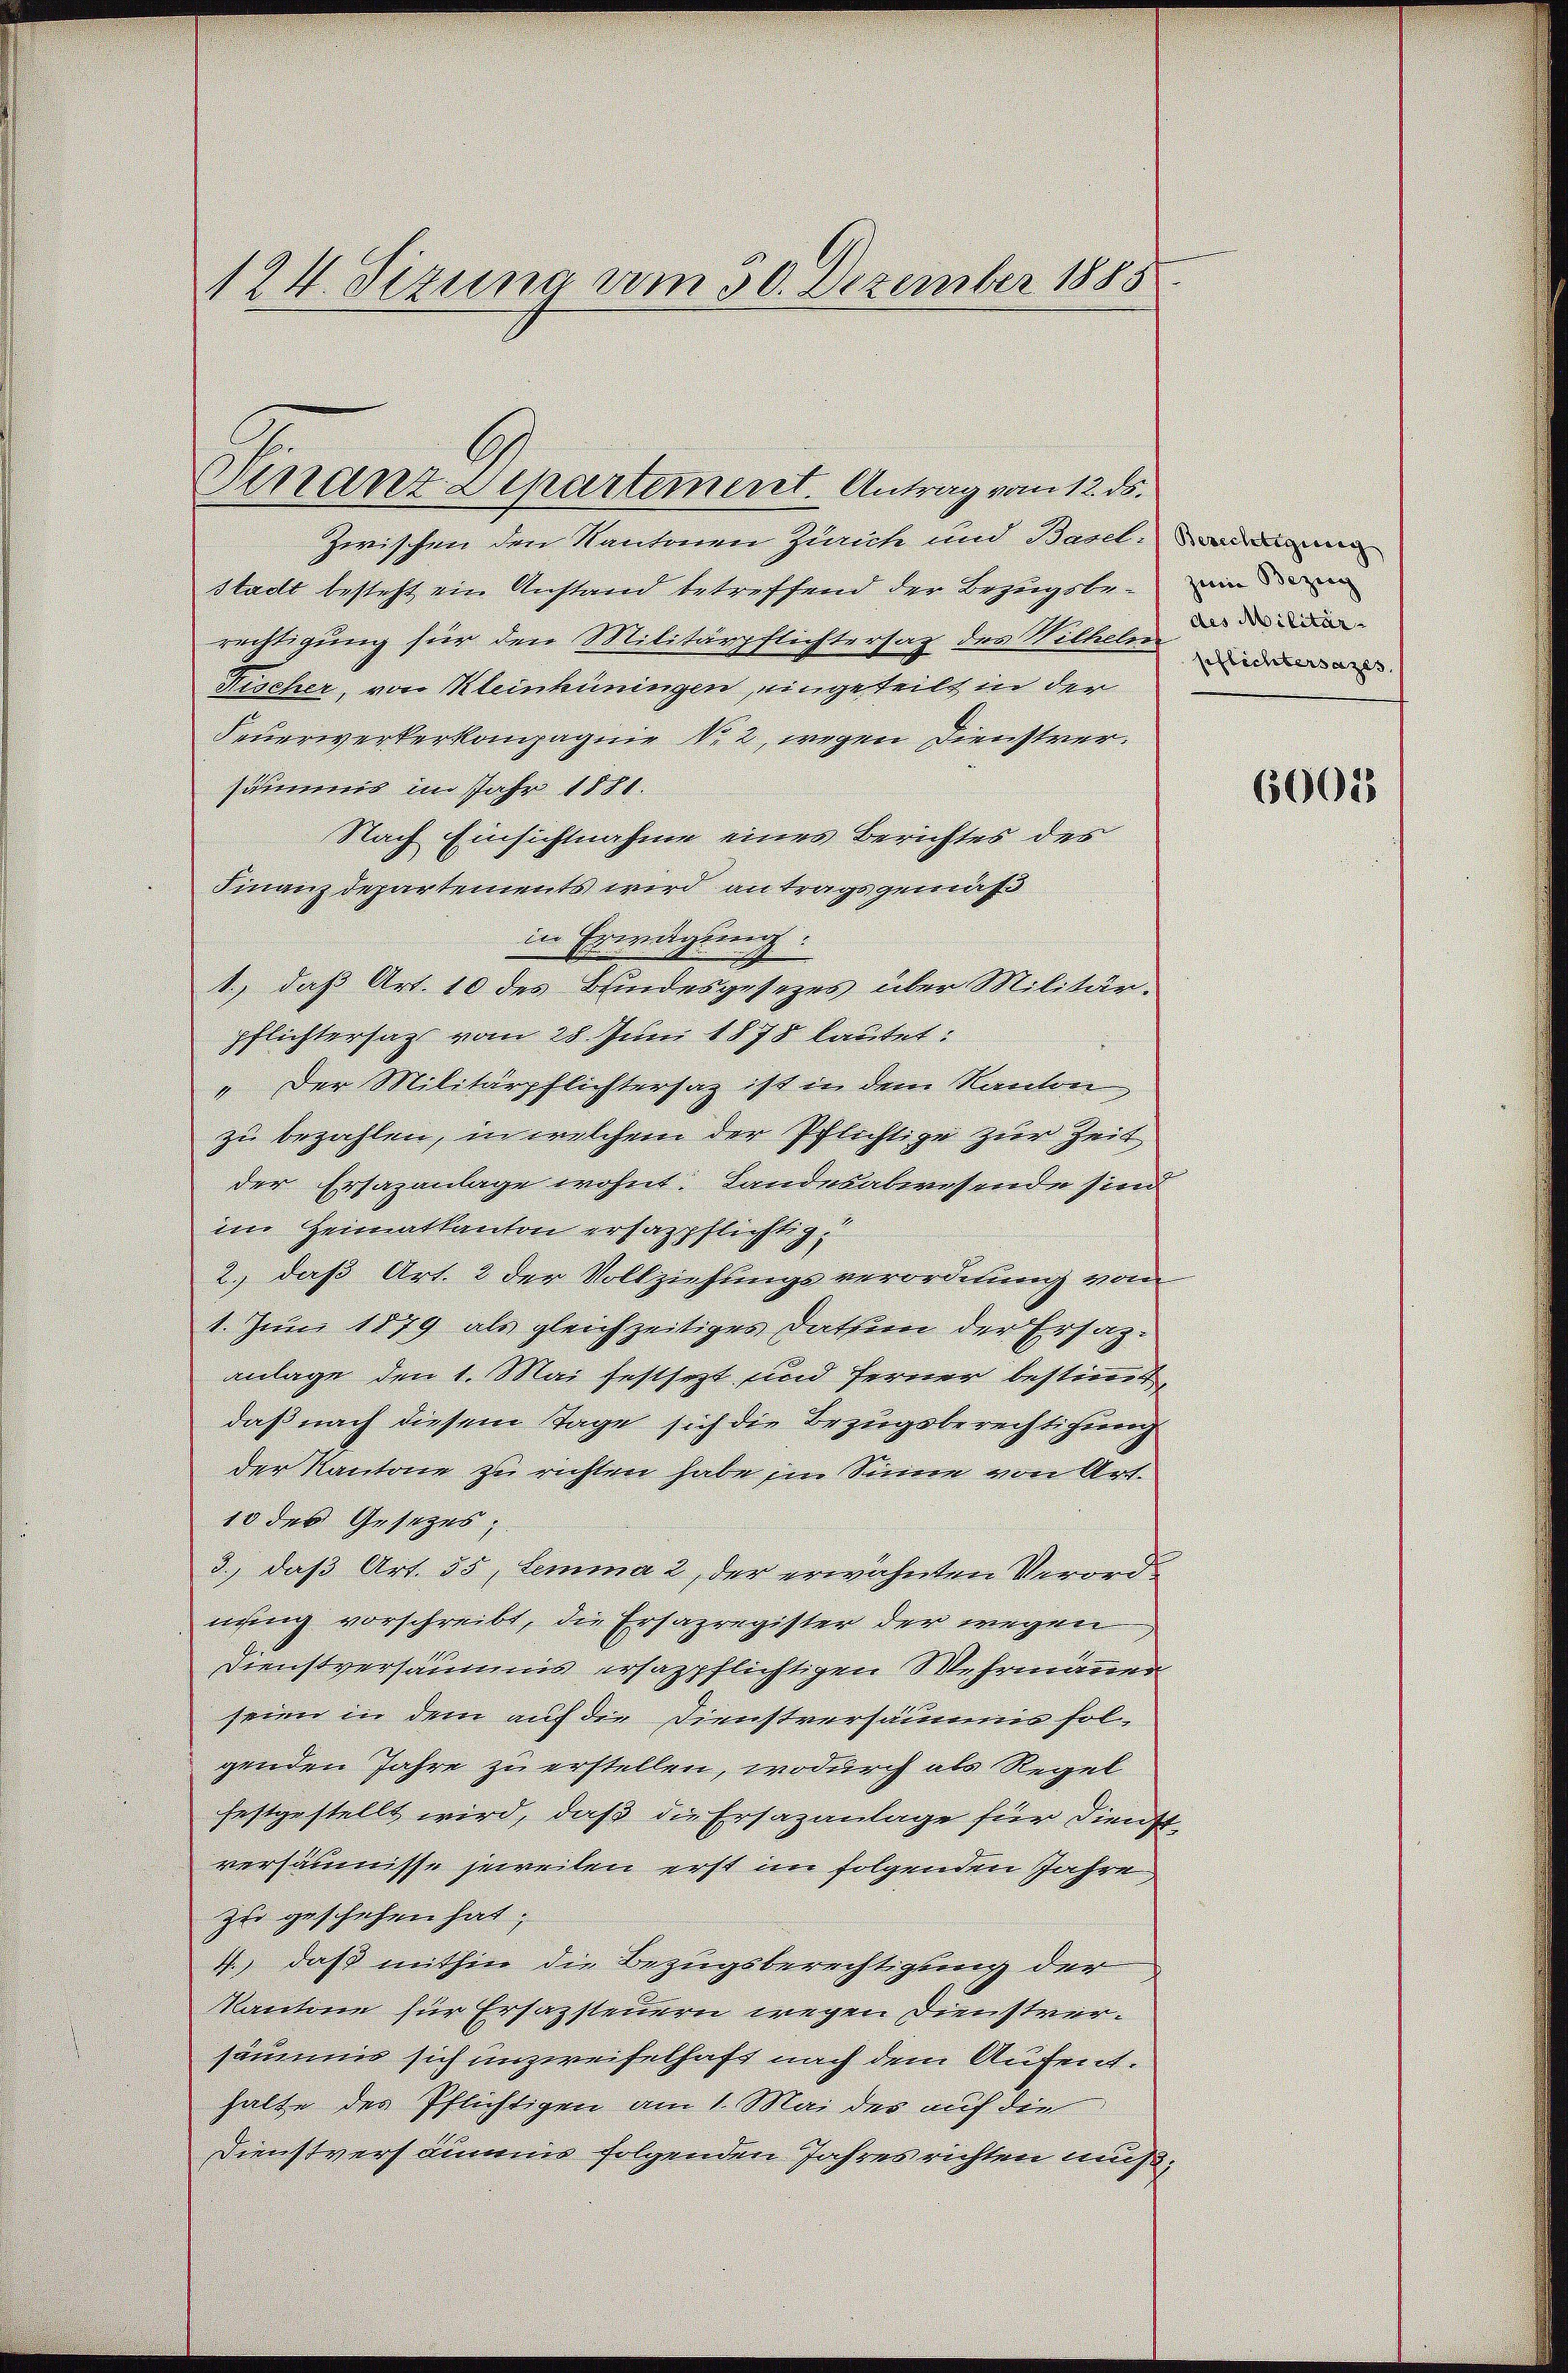
124. Sizung vom 30. Dezember 1888

Finanz Departement. Antrag vom 12. ds.

Zwischen den Kantonen Zürich und Bant. Sodann
stadt besteht ein Anstand betreffend der Bezugsbe- und ein
rechtigung für den Militärpflichtersag der Wilkeller die an¬
Fischer, von Kleinküningen eingeteilt in der
Feuerwerkerkompagnie No 2, wegen Dienstversäumens im Jahr 1880.
Nach Einsichtnahme eines Berichtes des
Finanzdepartements wird antragsgemäß
in Exeragung.
1.) daß Art. 10 des Bindesgesezes über Militär-
pflichtersagt vom 28 Juni 1878 lautet:
„Der Militärpflichtersaz ist in dem Kanton
zu bezahlen, in welchem der Pflichtige zur Zeit
der Ersazanlage wohnt: Landesabwesende sind
im Heimatkanton erhazpflichtig
2.) daß Art. 2 der Vollziehungsverordnung von
1. Juni 1879 als gleichzeitiges Datum der Ersatzanlage den 1. Mai festsezt und ferner bestimmt
daß nach diesem Tage sich die Bezugsberechtigung
der Kantone zu richten habe ein Sinne von Art.
10 des Gesetzes,
3., daß Art. 55, Lemma 2 der erwähnten Verordnung vorschreibt, die Ersazregister der wegen
Dienstversäumnis erhazpflichtigen Wehrmänner
seien in dem auf die Dienstversammer folgenden Jahre zu erstellen, wodurch als Regel
festgestellt wird, daß die Ersazanlage für Dienst
versäumnisse jeweilen erst im folgenden Jahre
zu geschehen hat;
4.) daß mithin die Bezugsberechtigung der
Kantone für Erhazsteuern wegen Dienstversäumnis sich unzweifelhaft nach dem Aufenthalte des Pflichtigen am 1. Mai der auf die
Dienstversäumnis folgenden Jahres richten muß,

pflichtersatzes, |

6003